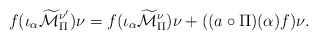
\begin{align*}f (\iota_\alpha \widetilde{\mathcal{M}}_\Pi^{\nu^\prime})\nu= f(\iota_\alpha\widetilde{\mathcal{M}}_\Pi^\nu)\nu+ ((a\circ \Pi)(\alpha)f)\nu.\end{align*}